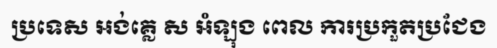
ប្រទេស អង់គ្លេ ស អំឡុង ពេល ការប្រកួតប្រជែង